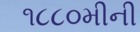
૧૮૮૦મીની